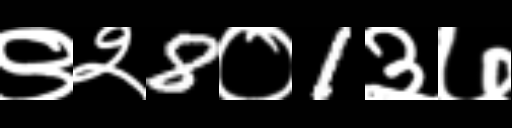
Text: ९२8०1३७